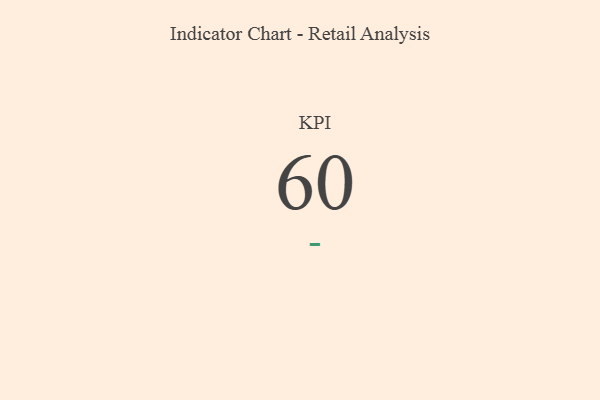
{"axis": {"x": "KPI", "y": "Value"}, "legend": [""], "data": [{"x": "KPI", "y": 60, "type": ""}]}